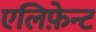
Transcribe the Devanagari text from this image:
एलिफ़ेन्ट